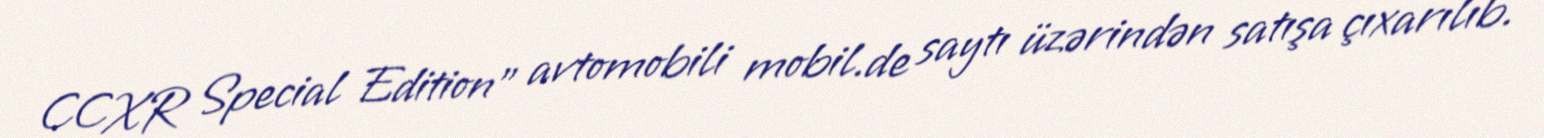
CCXR Special Edition” avtomobili mobil.de saytı üzərindən satışa çıxarılıb.